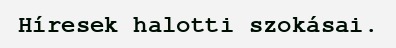
Híresek halotti szokásai.